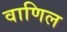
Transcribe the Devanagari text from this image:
वाणिल